Civil Veterinary Department. Central Provinces & Berar 1925-31 - 1925-1931
Year: 1925
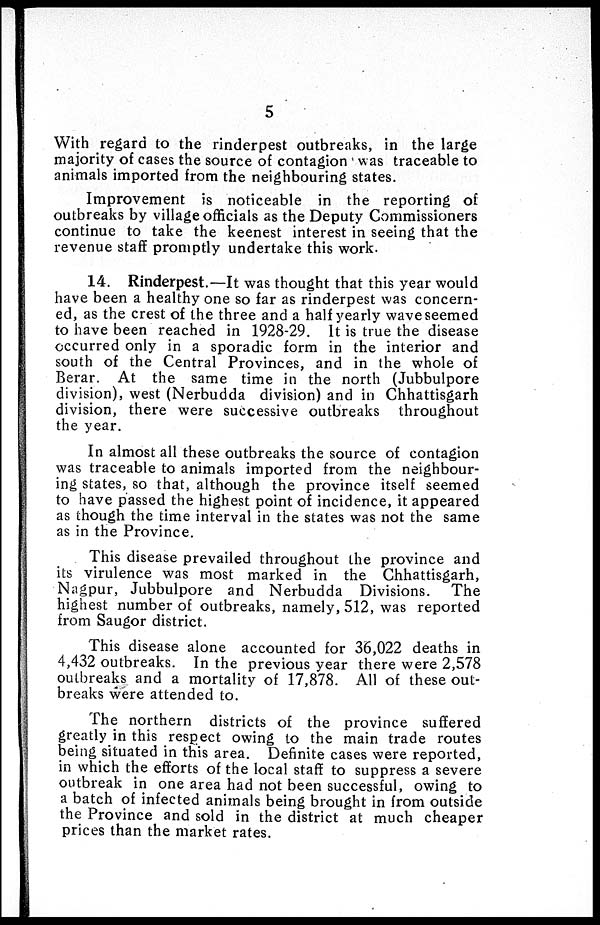
5
With regard to the rinderpest outbreaks, in the large
majority of cases the source of contagion was traceable to
animals imported from the neighbouring states.
Improvement is noticeable in the reporting of
outbreaks by village officials as the Deputy Commissioners
continue to take the keenest interest in seeing that the
revenue staff promptly undertake this work.
14. Rinderpest.—It was thought that this year would
have been a healthy one so far as rinderpest was concern-
ed, as the crest of the three and a half yearly waveseemed
to have been reached in 1928-29. It is true the disease
occurred only in a sporadic form in the interior and
south of the Central Provinces, and in the whole of
Berar. At the same time in the north (Jubbulpore
division), west (Nerbudda division) and in Chhattisgarh
division, there were successive outbreaks throughout
the year.
In almost all these outbreaks the source of contagion
was traceable to animals imported from the neighbour-
ing states, so that, although the province itself seemed
to have passed the highest point of incidence, it appeared
as though the time interval in the states was not the same
as in the Province.
This disease prevailed throughout the province and
its virulence was most marked in the Chhattisgarh,
Nagpur, Jubbulpore and Nerbudda Divisions. The
highest number of outbreaks, namely, 512, was reported
from Saugor district.
This disease alone accounted for 36,022 deaths in
4,432 outbreaks. In the previous year there were 2,578
outbreaks and a mortality of 17,878. All of these out-
breaks were attended to.
The northern districts of the province suffered
greatly in this respect owing to the main trade routes
being situated in this area. Definite cases were reported,
in which the efforts of the local staff to suppress a severe
outbreak in one area had not been successful, owing to
a batch of infected animals being brought in from outside
the Province and sold in the district at much cheaper
prices than the market rates.